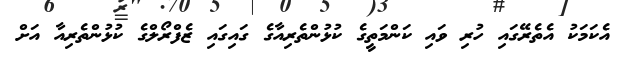
އެކަމަކު އެތެރޭގައި ހުރި ވައި ކަންމަތީގެ ކުޅުންތެރިއާގެ ގައިގައި ޒެފްރޯލްގެ ކުޅުންތެރިއާ އަށް